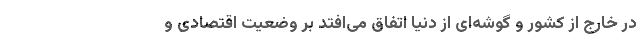
در خارج از کشور و گوشه‌ای از دنیا اتفاق می‌افتد بر وضعیت اقتصادی و